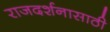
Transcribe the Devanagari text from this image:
राजदर्शनासाठी